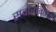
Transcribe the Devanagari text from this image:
सर्वारम्भिक